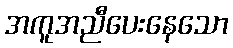
အကူအညီပေးနေသော